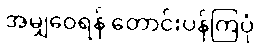
အမျှဝေရန် တောင်းပန်ကြပုံ